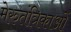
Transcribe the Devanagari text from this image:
मेरुतंत्रिकाओं